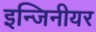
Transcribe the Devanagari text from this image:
इन्जिनीयर